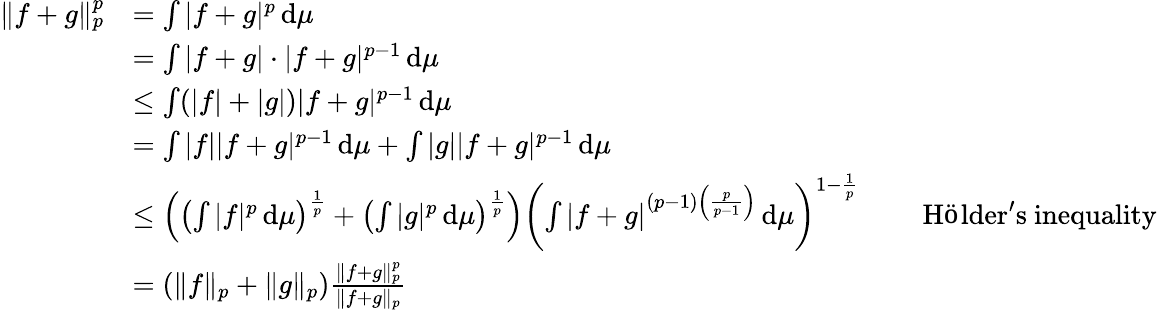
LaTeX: {\begin{array}{rlrl}{\| f+g\| _{p}^{p}}&{=\int|f+g|^{p}\, \mathrm{d}\mu}\\ &{=\int|f+g|\cdot|f+g|^{p-1}\, \mathrm{d}\mu}\\ &{\leq\int(|f|+|g|)|f+g|^{p-1}\, \mathrm{d}\mu}\\ &{=\int|f||f+g|^{p-1}\, \mathrm{d}\mu+\int|g||f+g|^{p-1}\, \mathrm{d}\mu}\\ &{\leq\left(\left(\int|f|^{p}\, \mathrm{d}\mu\right)^{\frac{1}{p}}+\left(\int|g|^{p}\, \mathrm{d}\mu\right)^{\frac{1}{p}}\right)\left(\int|f+g|^{(p-1)\left({\frac{p}{p-1}}\right)}\, \mathrm{d}\mu\right)^{1-{\frac{1}{p}}}}&&{{\mathrm{~Hölder's~inequality}}}\\ &{=\left(\| f\| _{p}+\| g\| _{p}\right){\frac{\| f+g\| _{p}^{p}}{\| f+g\| _{p}}}}\end{array}}